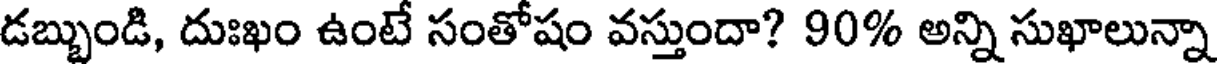
డబ్బుండి, దుఃఖం ఉంటే సంతోషం వస్తుందా? 90% అన్ని సుఖాలున్నా